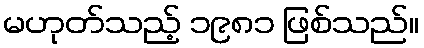
မဟုတ်သည့် ၁၉၈၁ ဖြစ်သည်။